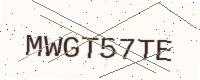
Text: MWGT57TE